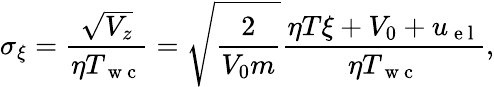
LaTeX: \sigma_{\xi}=\frac{\sqrt{V_{z}}}{\eta T_{\mathrm{~w~c~}}}=\sqrt{\frac{2}{V_{0}m}}\frac{\eta T\xi+V_{0}+u_{\mathrm{~e~l~}}}{\eta T_{\mathrm{~w~c~}}},